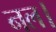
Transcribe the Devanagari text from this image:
नल।